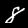
Label: 8